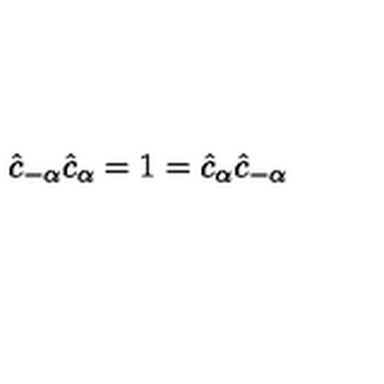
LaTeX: \hat { c } _ { - \alpha } \hat { c } _ { \alpha } = 1 = \hat { c } _ { \alpha } \hat { c } _ { - \alpha }